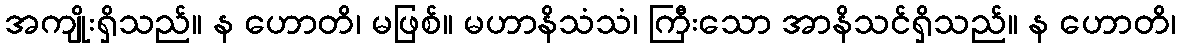
အကျိုးရှိသည်။ န ဟောတိ၊ မဖြစ်။ မဟာနိသံသံ၊ ကြီးသော အာနိသင်ရှိသည်။ န ဟောတိ၊